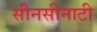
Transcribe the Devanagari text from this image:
सीनसीनाटी